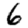
Digit: 6